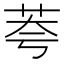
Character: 荂